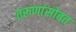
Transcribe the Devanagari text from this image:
तरूणांसोबत